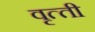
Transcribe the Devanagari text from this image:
वृत्‍ती